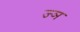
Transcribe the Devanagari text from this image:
ज्‍ञ